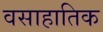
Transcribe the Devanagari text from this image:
वसाहातिक